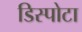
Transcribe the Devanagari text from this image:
डिस्पोटा